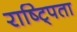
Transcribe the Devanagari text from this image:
राष्ट्पिता